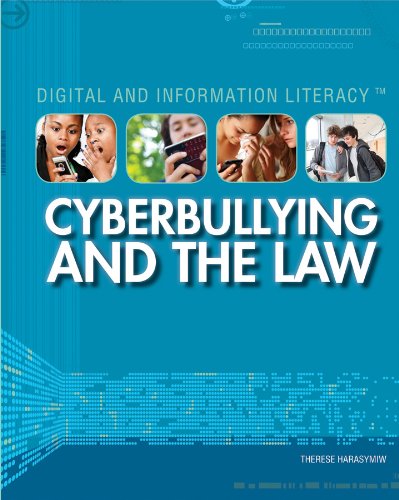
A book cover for Cyberbullying and the Law (Digital & Information Literacy); Therese Harasymiw; Teen & Young Adult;